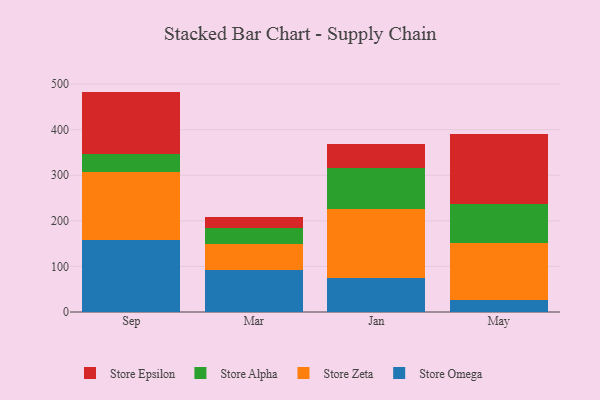
{"axis": {"x": "Month", "y": "Energy Usage (MWh)"}, "legend": ["Store Alpha", "Store Epsilon", "Store Omega", "Store Zeta"], "data": [{"x": "Sep", "y": 158.3, "type": "Store Omega"}, {"x": "Sep", "y": 148.5, "type": "Store Zeta"}, {"x": "Sep", "y": 40.3, "type": "Store Alpha"}, {"x": "Sep", "y": 136.5, "type": "Store Epsilon"}, {"x": "Mar", "y": 92.9, "type": "Store Omega"}, {"x": "Mar", "y": 57.0, "type": "Store Zeta"}, {"x": "Mar", "y": 35.5, "type": "Store Alpha"}, {"x": "Mar", "y": 23.0, "type": "Store Epsilon"}, {"x": "Jan", "y": 74.6, "type": "Store Omega"}, {"x": "Jan", "y": 152.2, "type": "Store Zeta"}, {"x": "Jan", "y": 88.2, "type": "Store Alpha"}, {"x": "Jan", "y": 53.5, "type": "Store Epsilon"}, {"x": "May", "y": 26.5, "type": "Store Omega"}, {"x": "May", "y": 125.4, "type": "Store Zeta"}, {"x": "May", "y": 84.2, "type": "Store Alpha"}, {"x": "May", "y": 155.1, "type": "Store Epsilon"}]}